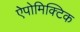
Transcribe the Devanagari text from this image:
ऐपोमिक्टिक